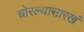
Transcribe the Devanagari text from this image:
चोरल्यासारखं